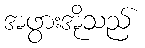
အဖွားအိုသည်